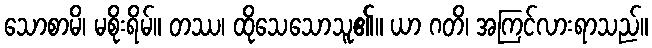
သောစာမိ၊ မစိုးရိမ်။ တဿ၊ ထိုသေသောသူ၏။ ယာ ဂတိ၊ အကြင်လားရာသည်။